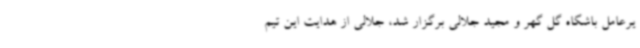
یرعامل باشگاه گل گهر و مجید جلالی برگزار شد، جلالی از هدایت این تیم